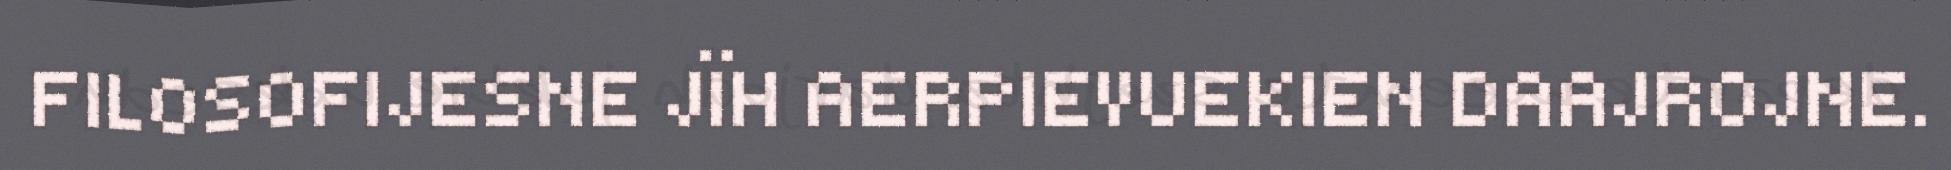
FILOSOFIJESNE JÏH AERPIEVUEKIEN DAAJROJNE.